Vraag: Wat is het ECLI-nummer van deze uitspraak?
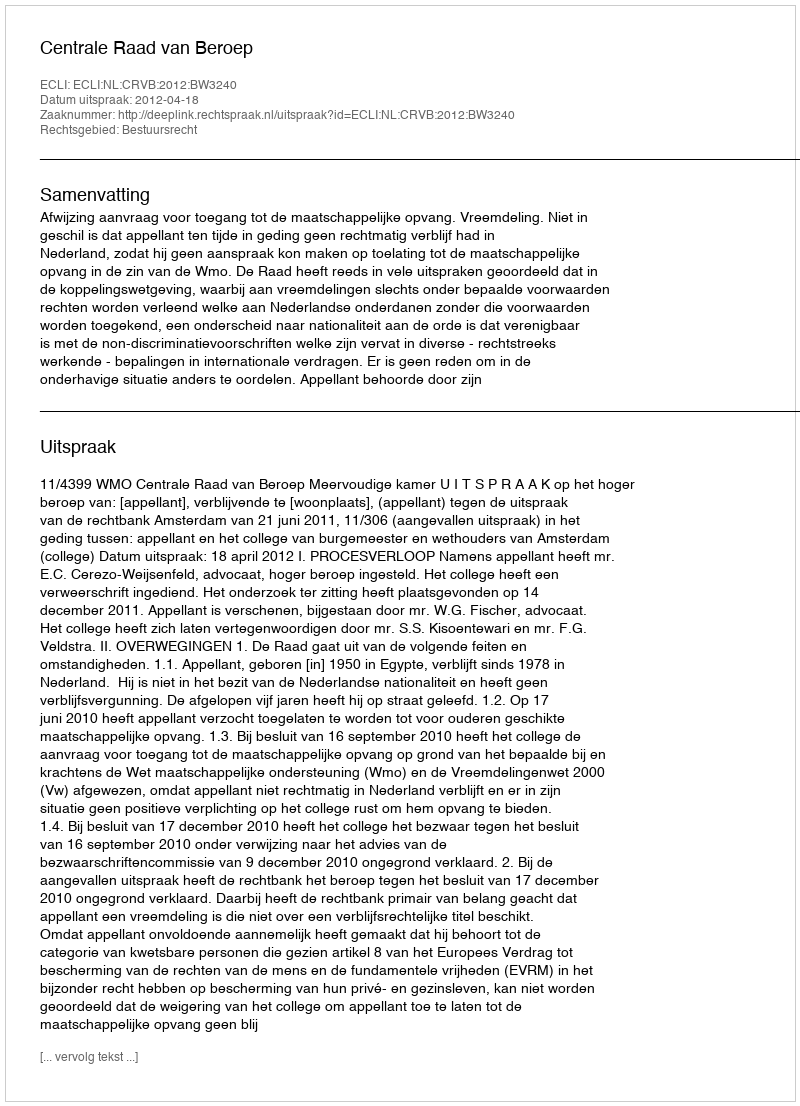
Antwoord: ECLI:NL:CRVB:2012:BW3240